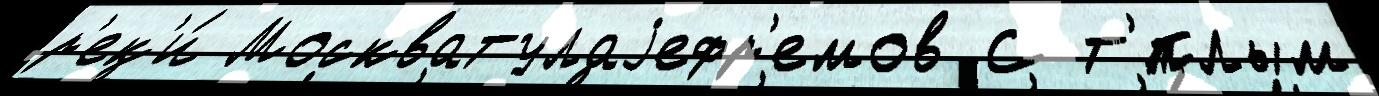
р'ек'и́ Москватулаjефр'емов С т'́плым